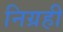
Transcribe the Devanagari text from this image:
निग्रही